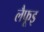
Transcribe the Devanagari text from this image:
लैफूइ